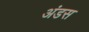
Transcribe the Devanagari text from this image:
अंडस